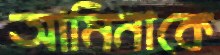
আমিনাকে